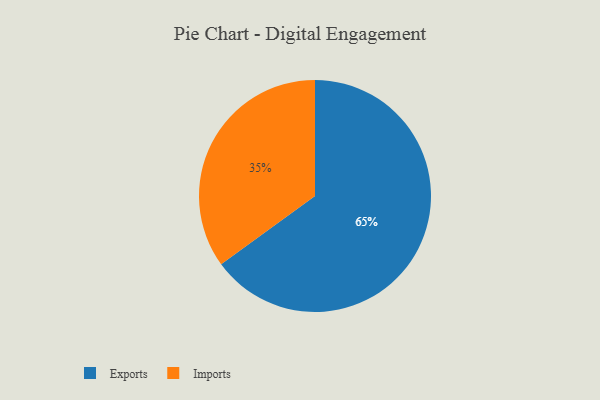
{"axis": {"x": "Category", "y": "Percentage"}, "legend": ["Exports", "Imports"], "data": [{"x": "Imports", "y": 35, "type": "Imports"}, {"x": "Exports", "y": 65, "type": "Exports"}]}